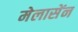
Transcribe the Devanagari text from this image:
मेलासेंन